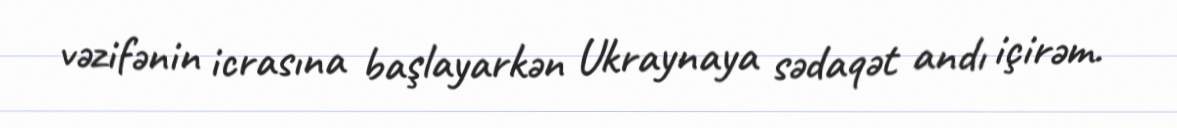
vəzifənin icrasına başlayarkən Ukraynaya sədaqət andı içirəm.